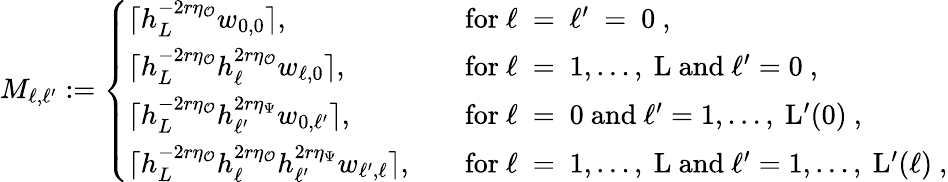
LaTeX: M_{\ell,\ell^{\prime}}:=\left\{ \begin{array}{ll}{\lceil h_{L}^{-2r\eta_{\mathcal{O}}}w_{0,0}\rceil,\quad\quad}&{\mathrm{for~\ell~=~\ell'~=~0~,}}\\ {\lceil h_{L}^{-2r\eta_{\mathcal{O}}}h_{\ell}^{2r\eta_{\mathcal{O}}}w_{\ell,0}\rceil,\quad}&{\mathrm{for~\ell~=~1,\dots,~L~and~\ell'=0~,}}\\ {\lceil h_{L}^{-2r\eta_{\mathcal{O}}}h_{\ell^{\prime}}^{2r\eta_{\Psi}}w_{0,\ell^{\prime}}\rceil,\quad}&{\mathrm{for~\ell~=~0~and~\ell'=1,\dots,~L'(0)~,}}\\ {\lceil h_{L}^{-2r\eta_{\mathcal{O}}}h_{\ell}^{2r\eta_{\mathcal{O}}}h_{\ell^{\prime}}^{2r\eta_{\Psi}}w_{\ell^{\prime},\ell}\rceil,\quad}&{\mathrm{for~\ell~=~1,\dots,~L~and~\ell'=1,\dots,~L'(\ell)~,}}\end{array}\right.